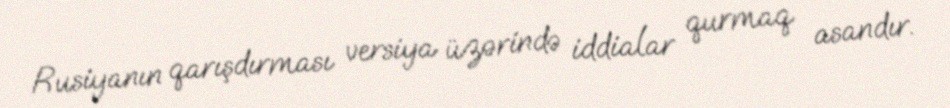
Rusiyanın qarışdırması versiya üzərində iddialar qurmaq asandır.